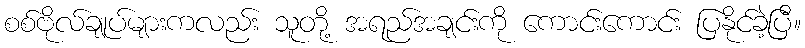
စစ်ဗိုလ်ချုပ်များကလည်း သူတို့ အရည်အချင်းကို ကောင်းကောင်း ပြနိုင်ခဲ့ပြီ။